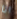
انا